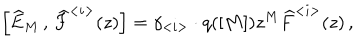
\left[ \widehat { E } _ { M } \, , \, \widehat { F } ^ { < i > } ( z ) \right] = \gamma _ { < i > } \cdot q ( [ M ] ) z ^ { M } \widehat { F } ^ { < i > } ( z ) \, ,